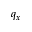
q _ { x }